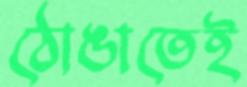
ঠোঙাতেই